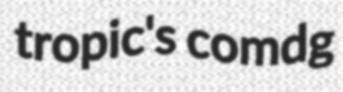
tropic's comdg